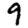
Digit: 9